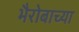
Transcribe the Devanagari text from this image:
भैरोबाच्या